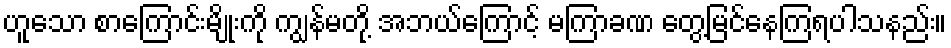
ဟူသော စာကြောင်းမျိုးကို ကျွန်မတို့ အဘယ်ကြောင့် မကြာခဏ တွေ့မြင်နေကြရပါသနည်း။